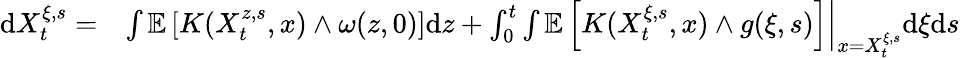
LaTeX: \begin{array}{rl}{\mathrm{d}X_{t}^{\xi,s}=}&{{}\left.\int\mathbb{E}\left[K(X_{t}^{z,s},x)\wedge\omega(z,0)\right]\mathrm{d}z+\int_{0}^{t}\int\mathbb{E}\left[K(X_{t}^{\xi,s},x)\wedge g(\xi,s)\right]\right|_{x=X_{t}^{\xi,s}}\mathrm{d}\xi\mathrm{d}s}\end{array}